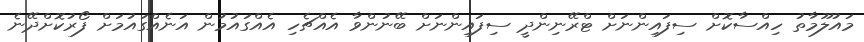
މައުލޫމާތު ހިއްސާކޮށް ސިފައިންނަށް ޓްރޭނިންދީ ސިފައިންނަށް ބޭނުންވާ އެއްޗެހި އެއްގައުމުން އަނެއްގައުމަށް ފޯރުކޮށްދޭނެ